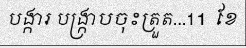
បង្ការ បង្ក្រាបចុះត្រួត...11 ខែ